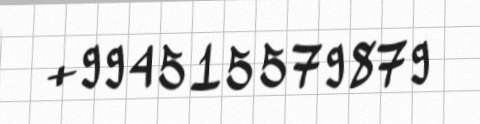
+994515579879